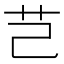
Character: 芑